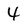
Character: 4